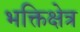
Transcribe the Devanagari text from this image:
भक्तिक्षेत्र